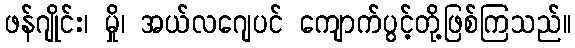
ဖန်ဂျိုင်း၊ မှို၊ အယ်လဂျေပင် ကျောက်ပွင့်တို့ဖြစ်ကြသည်။